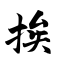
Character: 挨